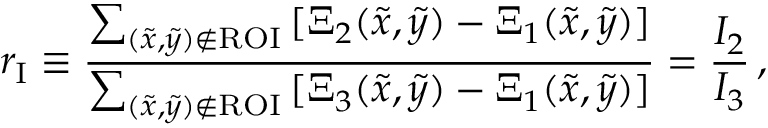
r _ { \mathrm { I } } \equiv \frac { \sum _ { ( \tilde { x } , \tilde { y } ) \notin \mathrm { R O I } } \, [ \Xi _ { 2 } ( \tilde { x } , \tilde { y } ) - \Xi _ { 1 } ( \tilde { x } , \tilde { y } ) ] } { \sum _ { ( \tilde { x } , \tilde { y } ) \notin \mathrm { R O I } } \, [ \Xi _ { 3 } ( \tilde { x } , \tilde { y } ) - \Xi _ { 1 } ( \tilde { x } , \tilde { y } ) ] } = \frac { I _ { 2 } } { I _ { 3 } } \, ,